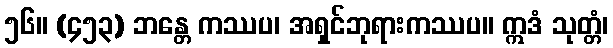
၅၆။ (၄၅၃) ဘန္တေ ကဿပ၊ အရှင်ဘုရားကဿပ။ ဣဒံ သုတ္တံ၊